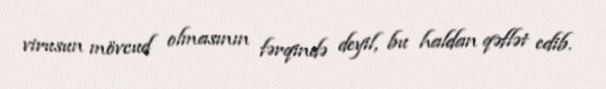
virusun mövcud olmasının fərqində deyil, bu haldan qəflət edib.